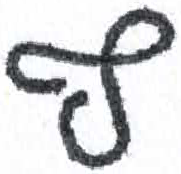
אות: ף